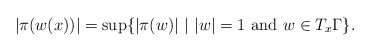
\begin{align*}|\pi(w(x))|=\sup\{|\pi(w)|\,\,|\,\, |w|=1\,\, \mbox{\rm and}\,\, w\in T_x\Gamma\}.\end{align*}